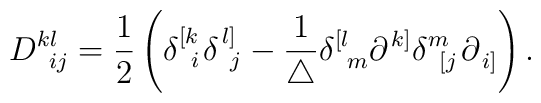
D_{\;\;ij}^{kl}=\frac 12\left( \delta _{\;\;i}^{\left[ k\right.}\delta _{\;\;j}^{\left. l\right] }-\frac 1{\triangle }\delta_{\;\;m}^{\left[ l\right. }\partial _{}^{\left. k\right] }\delta_{\;\;\left[ j\right. }^m\partial _{\left. i\right] }^{}\right) .